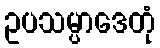
ဥပသမ္ပာဒေတုံ